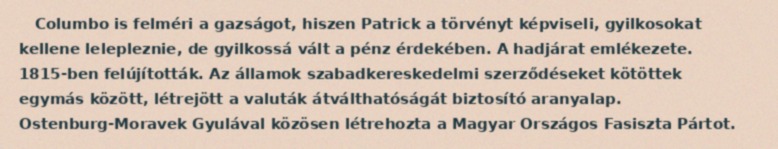
Columbo is felméri a gazságot, hiszen Patrick a törvényt képviseli, gyilkosokat kellene lelepleznie, de gyilkossá vált a pénz érdekében. A hadjárat emlékezete. 1815-ben felújították. Az államok szabadkereskedelmi szerződéseket kötöttek egymás között, létrejött a valuták átválthatóságát biztosító aranyalap. Ostenburg-Moravek Gyulával közösen létrehozta a Magyar Országos Fasiszta Pártot.